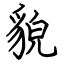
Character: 貌